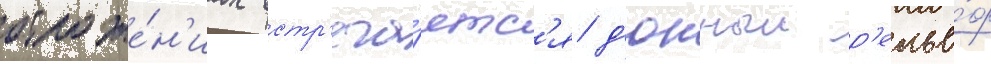
отложе́н'иах встр'еча́етс'я д'юнныи р'елье́ф